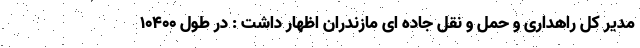
مدیر کل راهداری و حمل و نقل جاده ای مازندران اظهار داشت : در طول 10400